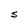
Character: S